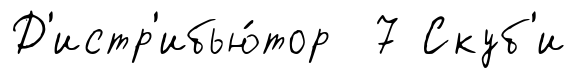
Д'истр'ибью́тор 7 Скуб'и